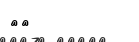
٣٢